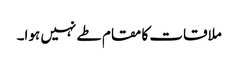
ملاقات کا مقام طے نہیں ہوا۔